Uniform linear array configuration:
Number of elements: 64
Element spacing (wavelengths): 0.25
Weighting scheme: kaiser
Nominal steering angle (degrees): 0
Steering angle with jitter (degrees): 0.3133
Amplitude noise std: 0.05
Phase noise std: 0.05

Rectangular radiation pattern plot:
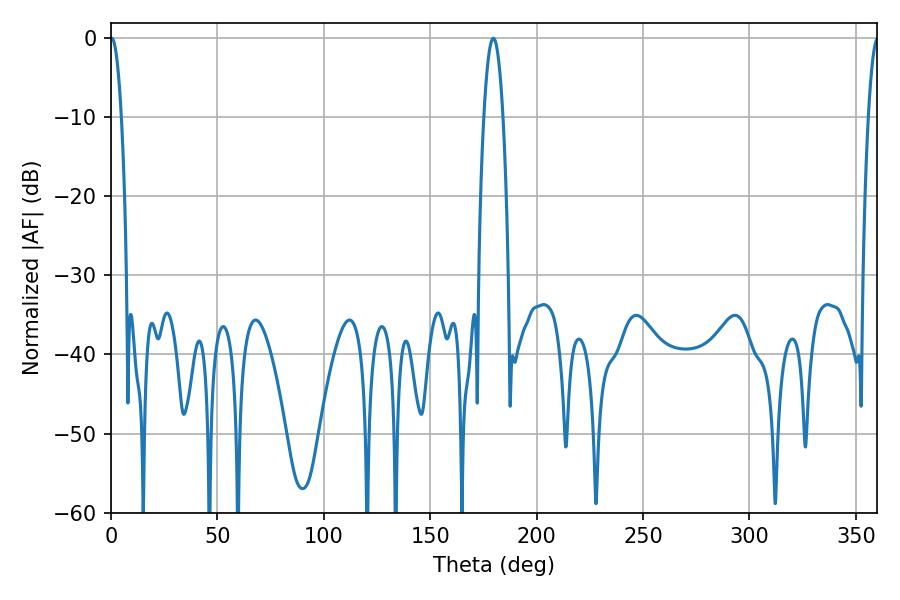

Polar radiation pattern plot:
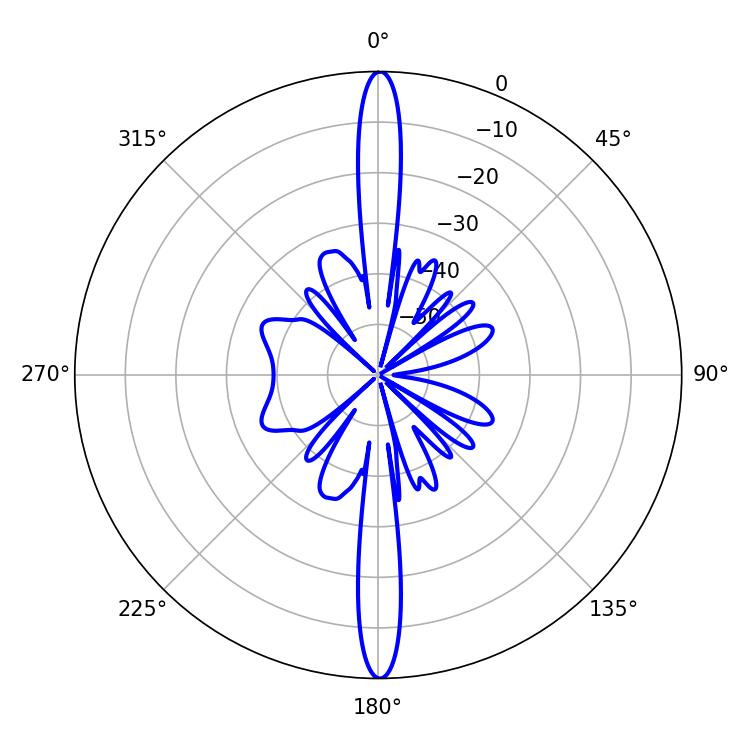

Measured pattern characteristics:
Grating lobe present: FALSE
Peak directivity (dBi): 33.061
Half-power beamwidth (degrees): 2.88
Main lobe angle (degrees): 0.36